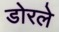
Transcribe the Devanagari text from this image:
डोरले